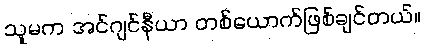
သူမက အင်ဂျင်နီယာ တစ်ယောက်ဖြစ်ချင်တယ်။